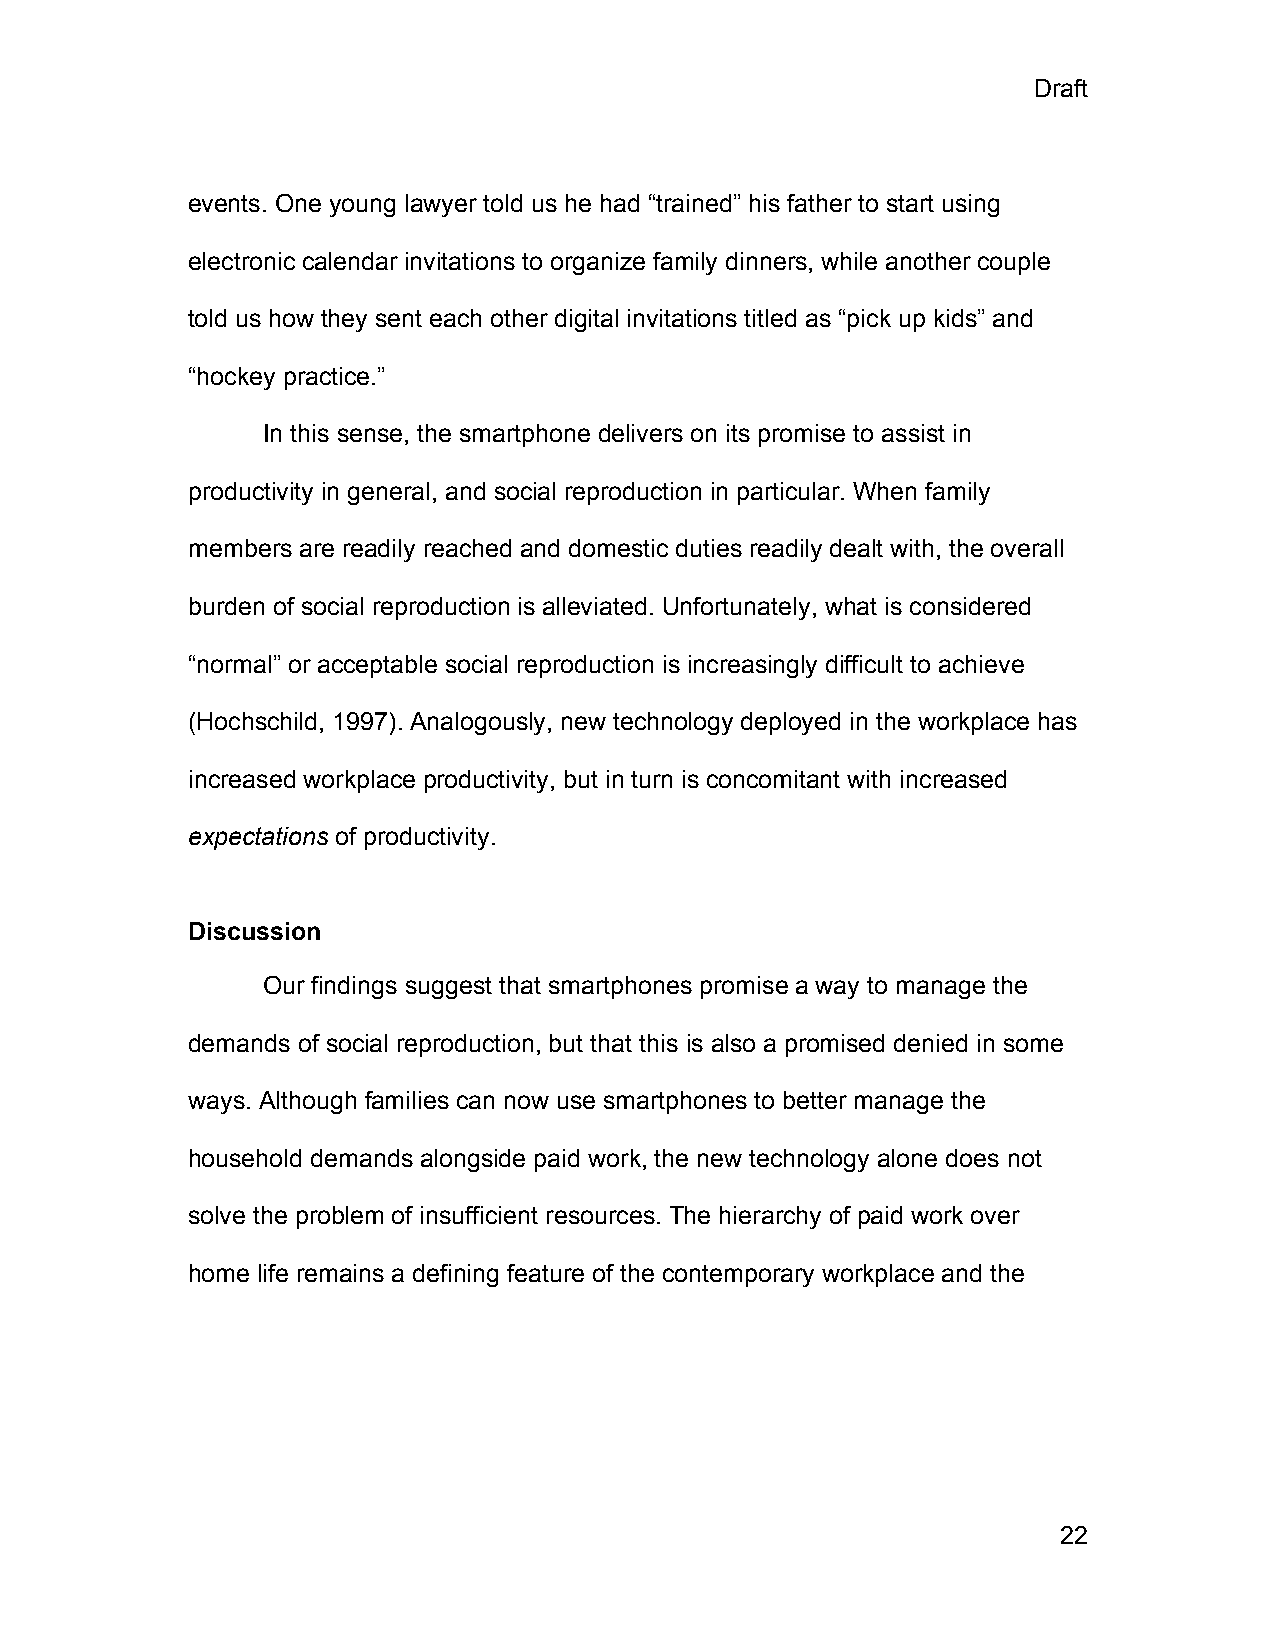
Draft
 events. One young lawyer told us he had “trained” his father to start using
 electronic calendar invitations to organize family dinners, while another couple
 told us how they sent each other digital invitations titled as “pick up kids” and
 “hockey practice.”
 In this sense, the smartphone delivers on its promise to assist in
 productivity in general, and social reproduction in particular. When family
 members are readily reached and domestic duties readily dealt with, the overall
 burden of social reproduction is alleviated. Unfortunately, what is considered
 “normal” or acceptable social reproduction is increasingly difficult to achieve
 (Hochschild, 1997). Analogously, new technology deployed in the workplace has
 increased workplace productivity, but in turn is concomitant with increased
 expectations of productivity.
 Discussion
 Our findings suggest that smartphones promise a way to manage the
 demands of social reproduction, but that this is also a promised denied in some
 ways. Although families can now use smartphones to better manage the
 household demands alongside paid work, the new technology alone does not
 solve the problem of insufficient resources. The hierarchy of paid work over
 home life remains a defining feature of the contemporary workplace and the
 22